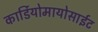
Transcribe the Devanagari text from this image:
कार्डियोमायोसाईट